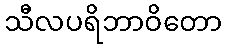
သီလပရိဘာဝိတော